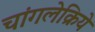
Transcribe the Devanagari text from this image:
चांगलेक्रिये